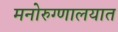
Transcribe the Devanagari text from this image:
मनोरुग्णालयात